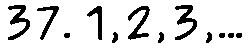
37. 1,2,3,...